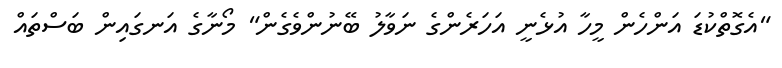
"އެގޮތްކުޑަ އަންހެން މީހާ އުޅެނީ އަހަރެންގެ ނަވާލު ބޭނުންވެގެން" މޯނާގެ އަނގައިން ބަސްތައް